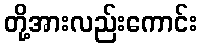
တို့အားလည်းကောင်း